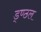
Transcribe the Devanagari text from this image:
ड्ण्ठल